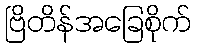
ဗြိတိန်အခြေစိုက်